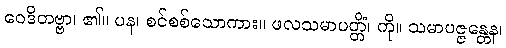
ဝေဒိတဗ္ဗာ၊ ၏။ ပန၊ စင်စစ်သောကား။ ဖလသမာပတ္တိံ၊ ကို။ သမာပဇ္ဇန္တေန၊